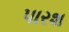
પારશ